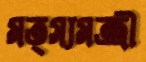
মত্স্যমন্ত্রী